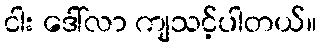
ငါး ဒေါ်လာ ကျသင့်ပါတယ်။